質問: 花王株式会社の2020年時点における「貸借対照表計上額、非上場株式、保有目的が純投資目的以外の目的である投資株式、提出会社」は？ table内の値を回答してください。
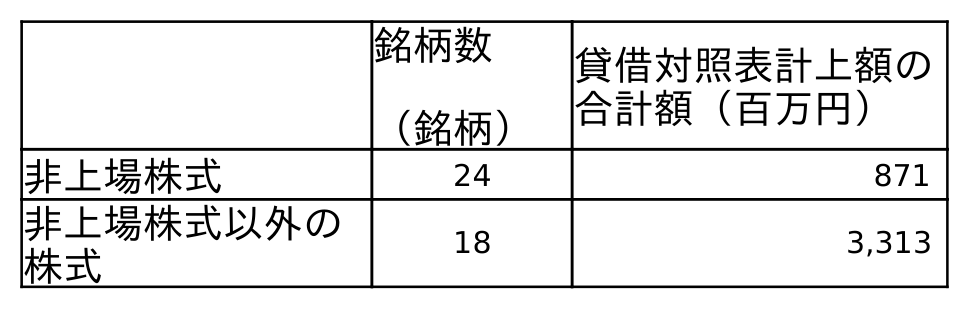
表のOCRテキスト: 銘柄数 （銘柄） 貸借対照表計上額の 合計額（百万円） 非上場株式 24 871 非上場株式以外の 株式 18 3,313
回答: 871